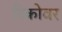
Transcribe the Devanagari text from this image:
रिकोवर